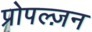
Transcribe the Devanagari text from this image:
प्रोपल्ज़न